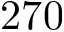
2 7 0